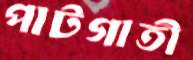
পাটগাতী